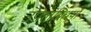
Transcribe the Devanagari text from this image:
उपलब्‍धियों